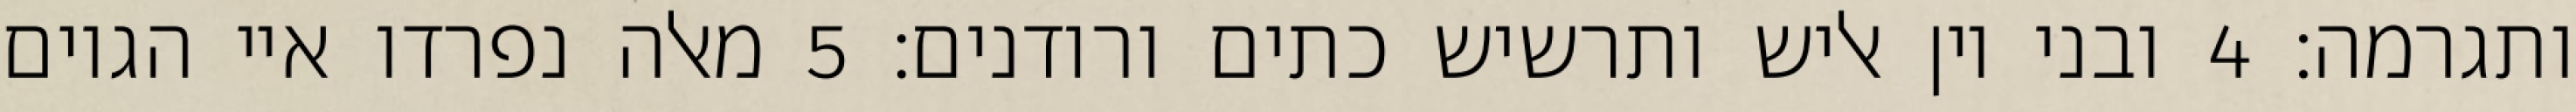
ותגרמה׃ ‎4‏ ובני יון אליש ותרשיש כתים ורודנים׃ ‎5‏ מאלה נפרדו איי הגוים